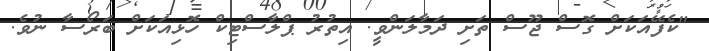
"ކެފޭއަކަށް ގޮސް ޖޫސް ތަށި ދަމާލަންވީ. އިތުރު ޕްލާސްޓިކް ހޮޅިއަކަށް ބަރޯސާ ނުވެ.